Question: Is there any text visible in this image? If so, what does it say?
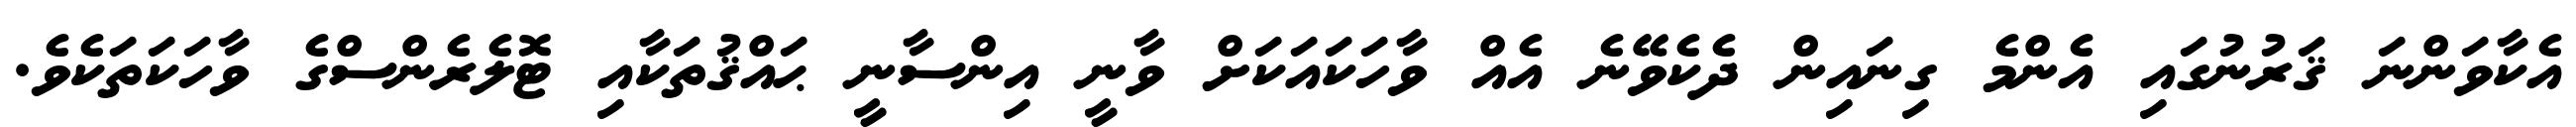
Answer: އެކާވަންނަ ޤަރުނުގައި އެންމެ ގިނައިން ދެކެވޭނެ އެއް ވާހަކައަކަށް ވާނީ އިންސާނީ ޙައްޤުތަކާއި ޓޮލެރެންސްގެ ވާހަކަތަކެވެ.